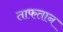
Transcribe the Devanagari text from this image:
ताफतान